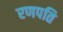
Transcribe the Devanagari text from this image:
रणपति